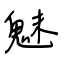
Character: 魅